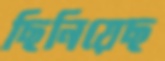
ছিনিয়েছ